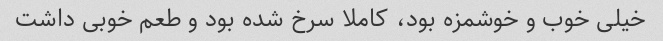
خیلی خوب و خوشمزه بود، کاملا سرخ شده بود و طعم خوبی داشت